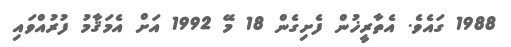
1988 ގައެވެ. އެތާރީޚުން ފެށިގެން 18 މޭ 1992 އަށް އެމަޤާމު ފުރުއްވައި